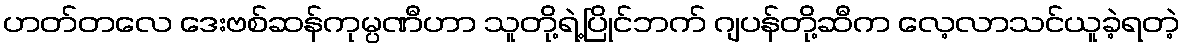
ဟတ်တလေ ဒေးဗစ်ဆန်ကုမ္ပဏီဟာ သူတို့ရဲ့ပြိုင်ဘက် ဂျပန်တို့ဆီက လေ့လာသင်ယူခဲ့ရတဲ့